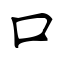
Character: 口